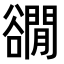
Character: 𧯎